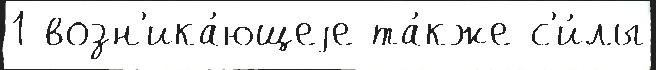
1 возн'ика́ющеjе та́кже с'и́лы